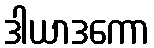
ဒါယာဒကော